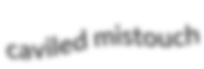
caviled mistouch